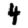
Digit: 4